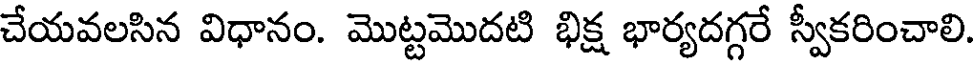
చేయవలసిన విధానం. మొట్టమొదటి భిక్ష భార్యదగ్గరే స్వీకరించాలి.